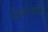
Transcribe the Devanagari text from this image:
क्रियानवयित